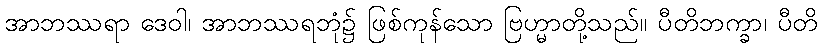
အာဘဿရာ ဒေဝါ၊ အာဘဿရဘုံ၌ ဖြစ်ကုန်သော ဗြဟ္မာတို့သည်။ ပီတိဘက္ခာ၊ ပီတိ